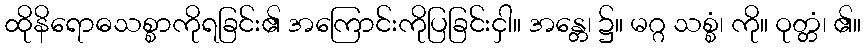
ထိုနိရောဓသစ္စာကိုရခြင်း၏ အကြောင်းကိုပြခြင်းငှါ။ အန္တေ၊ ၌။ မဂ္ဂ သစ္စံ၊ ကို။ ဝုတ္တံ၊ ၏။